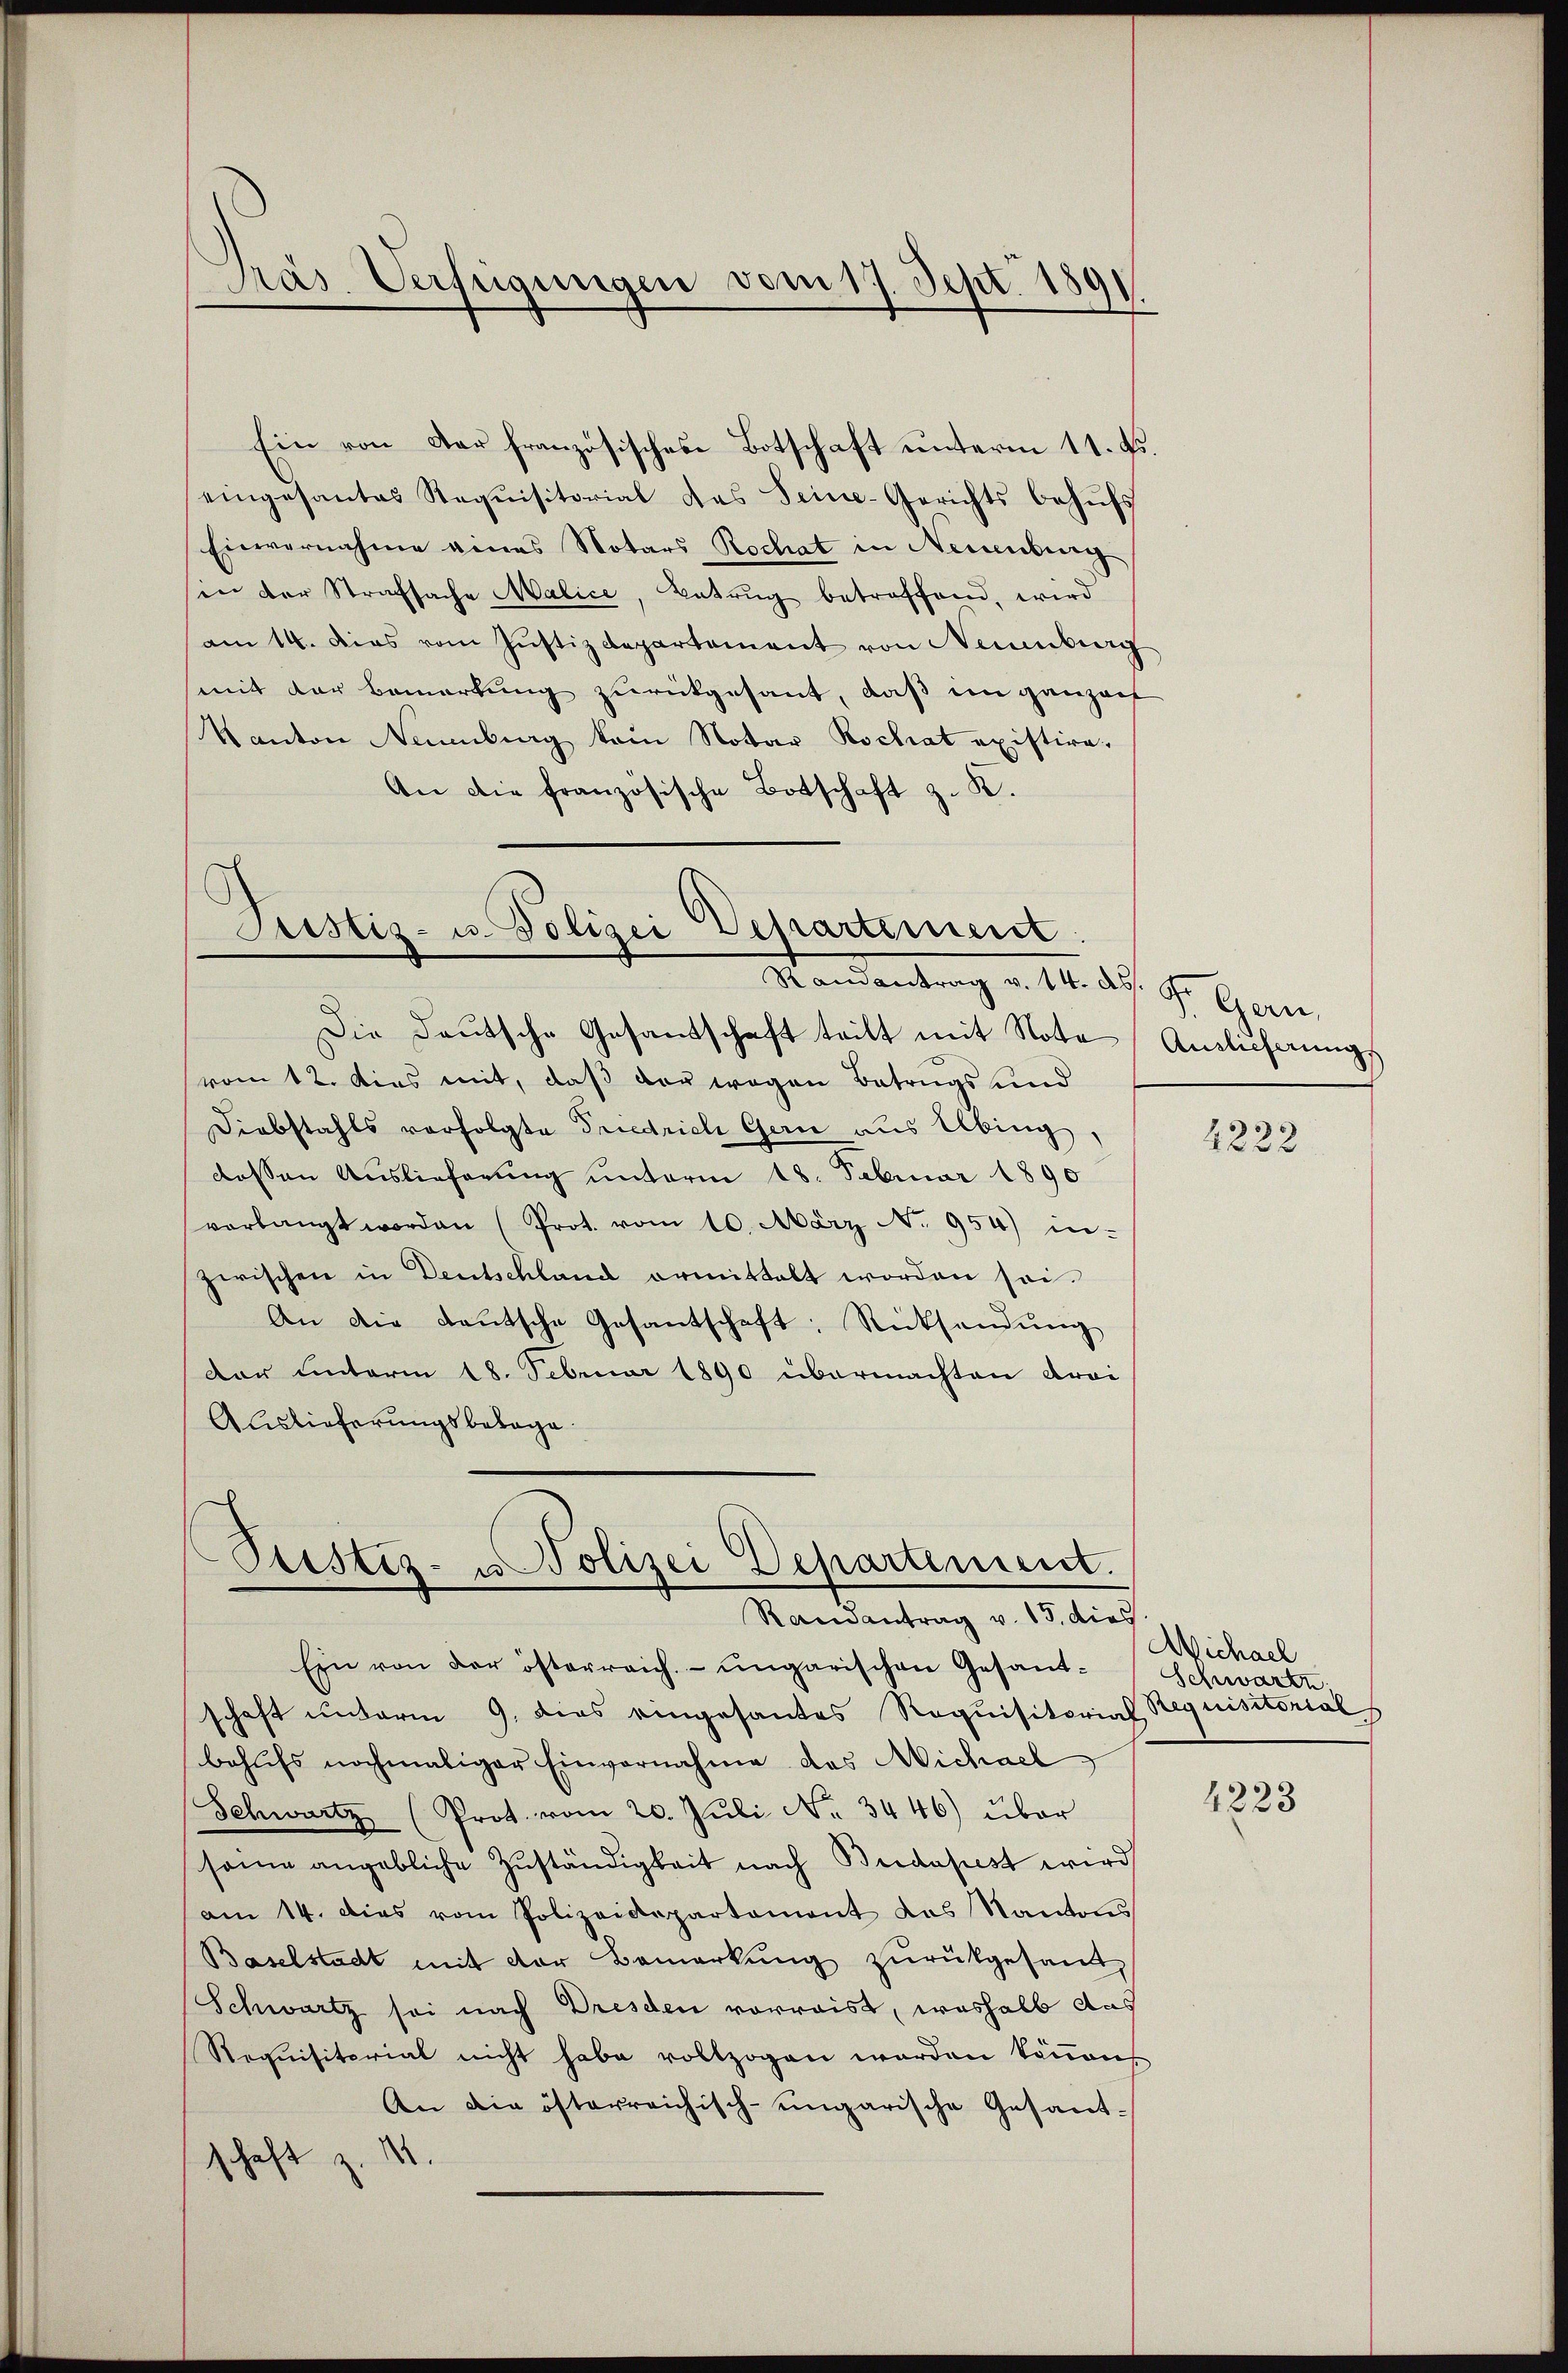
Pras Verfügungen vom 17. Sept. 1891

Ein von der französisches Botschaft unterm 11. Fs.
eingesantes Requisitorial das Seine-Gerichts behŭfs
Einvernahme eines Notars Rochat in Neuenburg
in der Strafsache Malice, Betrug betreffend, wird
am 14. dies vom Justizdepartement von Neunberg
mit der Bemerkung zurückgesant, daß in ganz auf
Kanton Naumburg kam Notar Rochat existire.
An die französische Botschaft z. K.

Justiz- u. Polizei Departement
Standentrag v. 18. d. J. Geri

Die Deutsche Gesandschaft teilt mit Nota
vom 12. dies mit, daß der wegen Betrugs und
Diebstahls vorfolgte Friedrich Gern aus Übung,
dessen Auslieferung unterm 18. Februar 1890
verlangt worden (Prot. vom 10. März No. 954) in-
zwischen in Deutschland ermittelt worden sei.
An die deŭtsche Gesantschaft: Rücksendŭng
dar unterm 18. Februar 1890 übermachten droi
Auslieferungsbetrage.
Ein von der österreich- ungarischen Gesandschaft unterm 9. dies eingesantes Requisitorial Requisitorial
behŭfs nochmaliger Einvernahme das Michael
Schwartz (Prot. vom 20. Jŭli No 3446) über
same angebliche Zŭständigkeit nach Budapest wird
am 14. dies vom Polizeidepartement das Kantons
Baselstadt mit der Bemerkŭng zŭrückgesandt,
Schwartz sei nach Dresden vorraist, weshalb aus
Requisitorial nicht habe vollzogen werden können,
An die österreichisch-ungarische Gesandschaft z. M.

Ptistes- u Polizei Departement.
Randantrag v. 15. dies

Ainlicherung

4223

Wichael
Schwarze

4223